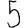
Digit: 5